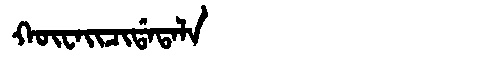
Manchu: ᡴᡡᠸᠠᡳᠴᡳᡩᠠᡨᠠᠯᠠ
Romanization: KŪWAICIDATALA